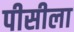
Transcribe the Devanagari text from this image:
पीसीला